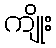
ကျိုး